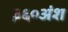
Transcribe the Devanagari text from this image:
३६०अंश